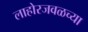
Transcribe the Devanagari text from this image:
लाहोरजवळच्या